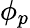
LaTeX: \phi_{p}